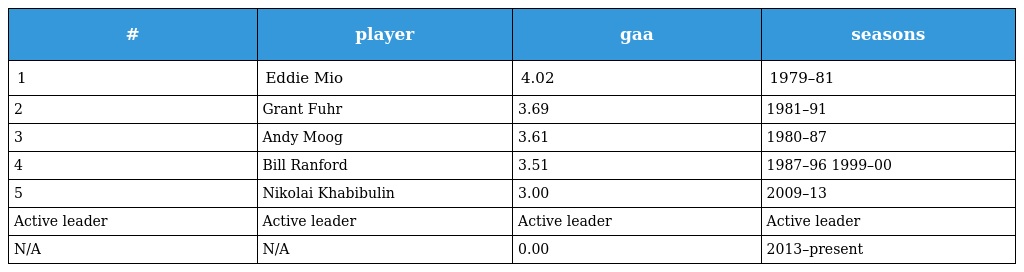
| # | player | gaa | seasons |
 | --- | --- | --- | --- |
 | 1 | Eddie Mio | 4.02 | 1979–81 |
 | 2 | Grant Fuhr | 3.69 | 1981–91 |
 | 3 | Andy Moog | 3.61 | 1980–87 |
 | 4 | Bill Ranford | 3.51 | 1987–96 1999–00 |
 | 5 | Nikolai Khabibulin | 3.00 | 2009–13 |
 | Active leader | Active leader | Active leader | Active leader |
 | N/A | N/A | 0.00 | 2013–present |